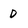
Character: D